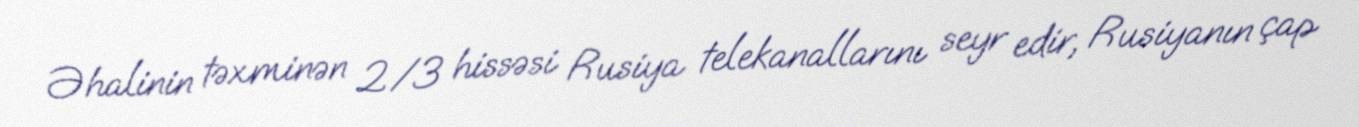
Əhalinin təxminən 2/3 hissəsi Rusiya telekanallarını seyr edir, Rusiyanın çap